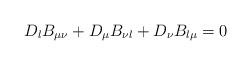
LaTeX: \begin{align*}D_{\l} B_{\mu\nu} + D_{\mu} B_{\nu\l} + D_{\nu} B_{\l\mu} = 0\end{align*}